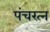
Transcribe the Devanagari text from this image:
पंचरत्‍न